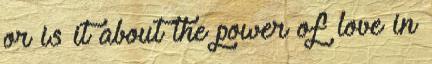
or is it about the power of love in